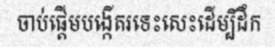
ចាប់ផ្តើមបង្កើតរទេះសេះដើម្បីដឹក